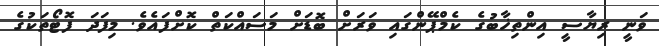
ވަނީ ރިޔާސީ އިންތިޚާބުގެ ކެމްޕޭންގައި ވަރަށް ބޮޑަށް މަސައްކަތް ކޮށްފައެވެ. މިފަދަ ފޮޓޯތަކުގެ